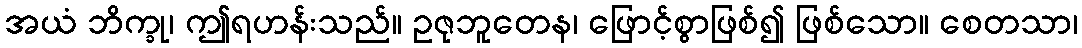
အယံ ဘိက္ခု၊ ဤရဟန်းသည်။ ဥဇုဘူတေန၊ ဖြောင့်စွာဖြစ်၍ ဖြစ်သော။ စေတသာ၊